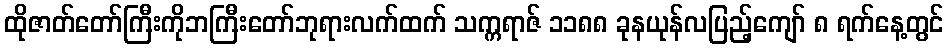
ထိုဇာတ်တော်ကြီးကိုဘကြီးတော်ဘုရားလက်ထက် သက္ကရာဇ် ၁၁၈၈ ခုနယုန်လပြည့်ကျော် ၈ ရက်နေ့တွင်